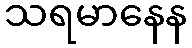
သရမာနေန